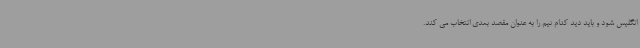
انگلیس شود و باید دید کدام تیم را به عنوان مقصد بعدی انتخاب می کند.